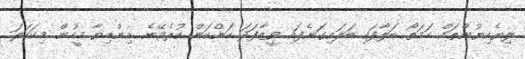
ލިޔެކިޔުންތައް ހަމަތޯ ބަލާފައި ބަލައިގަނެފައި ވީޒާފަދަ ކަންކަން ކުރެވޭނެ. އިންޑިޔާ މީހުން މިކަހަލަ